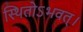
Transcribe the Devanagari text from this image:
स्थितोऽभवत्‌।